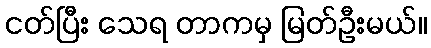
ငတ်ပြီး သေရ တာကမှ မြတ်ဦးမယ်။